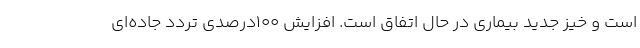
است و خیز جدید بیماری در حال اتفاق است. افزایش ۱۰۰درصدی تردد جاده‌ای